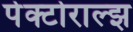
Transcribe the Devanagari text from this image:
पेक्टोराल्झ